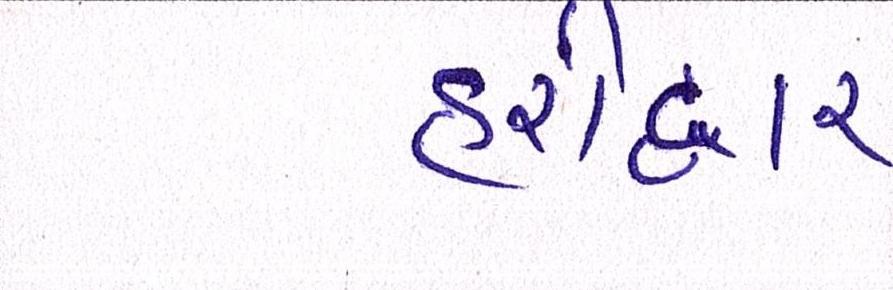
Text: હરીદ્વાર